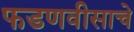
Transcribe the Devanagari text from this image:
फडणवीसाचे